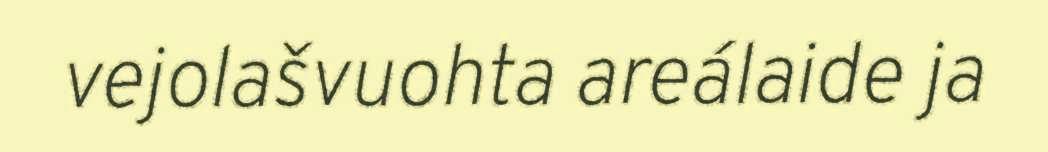
vejolašvuohta areálaide ja